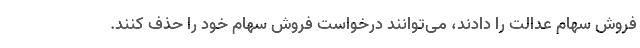
فروش سهام عدالت را دادند، می‌توانند درخواست فروش سهام خود را حذف کنند.